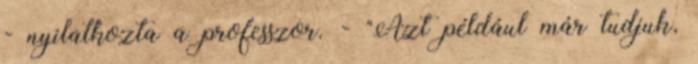
- nyilatkozta a professzor. - "Azt például már tudjuk,